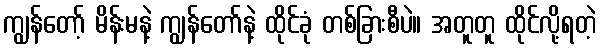
ကျွန်တော့် မိန်းမနဲ့ ကျွန်တော်နဲ့ ထိုင်ခုံ တစ်ခြားစီပဲ။ အတူတူ ထိုင်လို့ရတဲ့